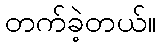
တက်ခဲ့တယ်။